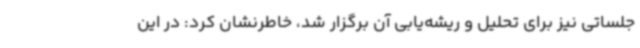
جلساتی نیز برای تحلیل و ریشه‌یابی آن برگزار شد، خاطرنشان کرد: در این